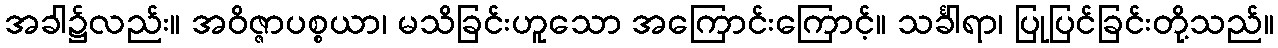
အခါ၌လည်း။ အဝိဇ္ဇာပစ္စယာ၊ မသိခြင်းဟူသော အကြောင်းကြောင့်။ သင်္ခါရာ၊ ပြုပြင်ခြင်းတို့သည်။